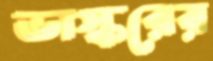
ভাস্করের